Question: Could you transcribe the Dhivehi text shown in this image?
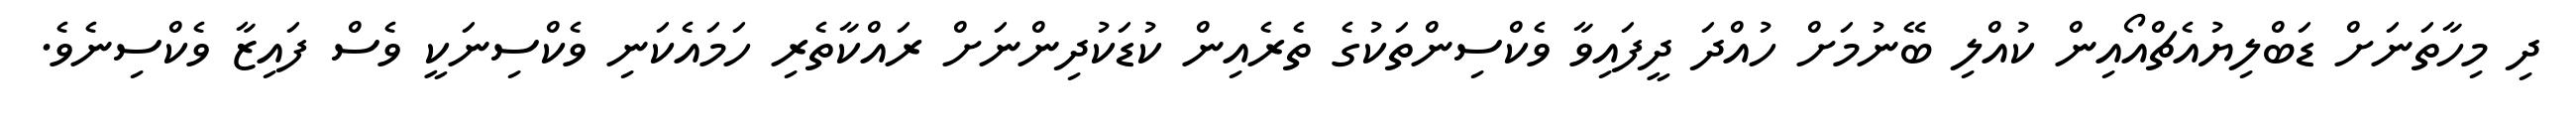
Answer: ދި މިހާތަނަށް ޑަބްލިޔުއެޗްއޯއިން ކުއްލި ބޭނުމަށް ހުއްދަ ދީފައިވާ ވެކްސިންތަކުގެ ތެރެއިން ކުޑަކުދިންނަށް ރައްކާތެރި ހަމައެކަނި ވެކްސިނަކީ ވެސް ފައިޒާ ވެކްސިނެވެ.